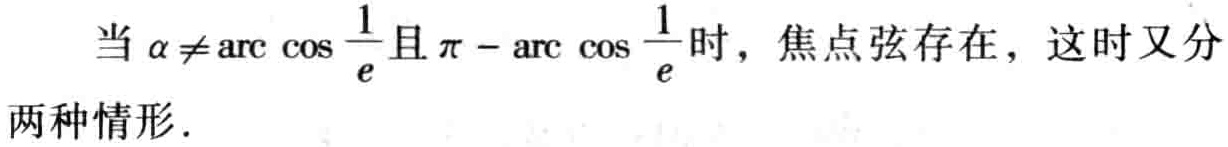
当 $\alpha \neq \arccos \frac{1}{e}$ 且 $\pi - \arccos \frac{1}{e}$ 时，焦点弦存在，这时又分两种情形．